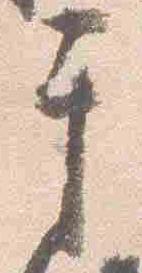
于